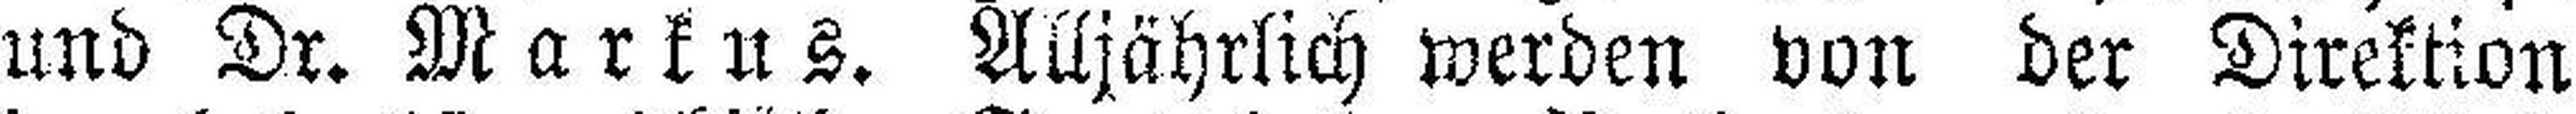
und Dr. Markus. Alljährlich werden von der Direktion